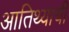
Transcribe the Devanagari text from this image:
आतिथ्याची